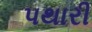
પથારી